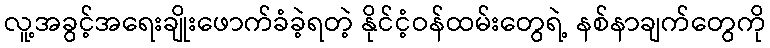
လူ့အခွင့်အရေးချိုးဖောက်ခံခဲ့ရတဲ့ နိုင်ငံ့ဝန်ထမ်းတွေရဲ့ နစ်နာချက်တွေကို